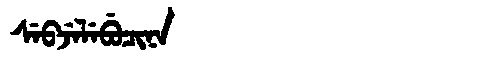
Manchu: ᠰᡝᠪᠵᡝᠯᡝᠪᡠᠴᡳᠨᠠ
Romanization: SEBJELEBUCINA